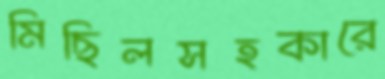
মিছিলসহকারে